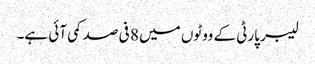
لیبر پارٹی کے ووٹوں میں 8 فی صد کمی آئی ہے۔